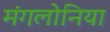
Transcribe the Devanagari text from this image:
मंगलोनिया